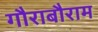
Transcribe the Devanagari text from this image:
गौराबौराम